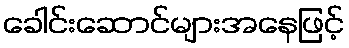
ခေါင်းဆောင်များအနေဖြင့်